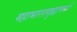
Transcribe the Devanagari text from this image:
महाभारतयुद्धामध्ये